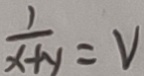
\frac { 1 } { x + y } = V